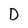
Character: D